Indian Civil Veterinary Department memoirs
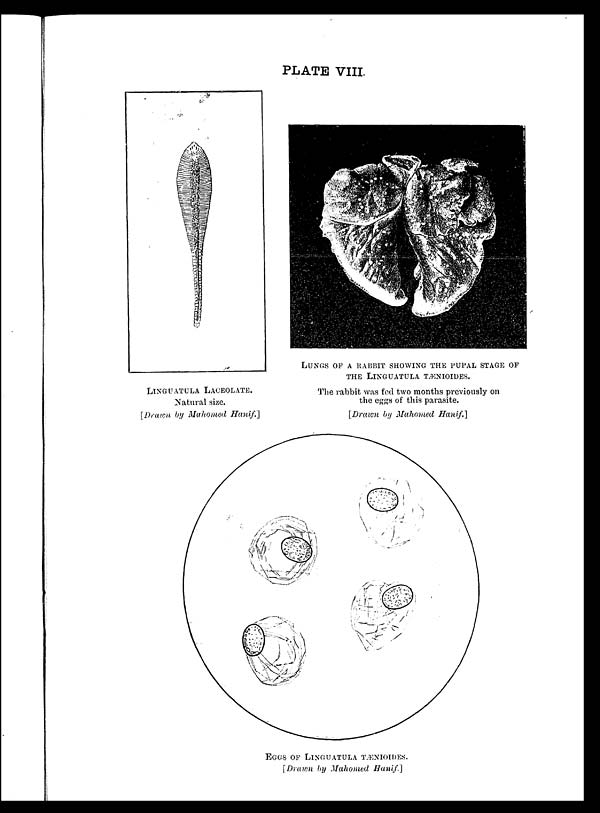
PLATE VIII.
LINGUATULA LACEOLATE.
Natural size.
[Drawn by Mahomed Hanif.]
LUNGS OF A RABBIT SHOWING THE PUPAL STAGE OF
THE LINGUATULA TÆNIODES.
The rabbit was fed two months previously on
the eggs of this parasite.
[Drawn by Mahomed Hanif.]
EGGS OF LINGUATULA TÆNIODES.
[Drawn by Mahomed Hanif.]